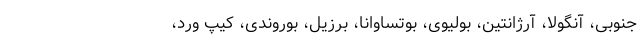
جنوبی، آنگولا، آرژانتین، بولیوی، بوتساوانا، برزیل، بوروندی، کیپ ورد،